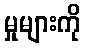
မှုများကို